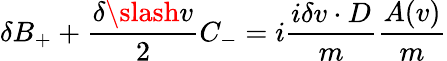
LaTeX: \delta B_{+}+\frac{\delta\slash v}{2}C_{-}=i\frac{i\delta v\cdot D}{m}\frac{A(v)}{m}